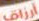
أرزاق